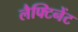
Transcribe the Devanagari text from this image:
लैफ्टिनेंट